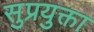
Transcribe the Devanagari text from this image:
सुप्रयुक्ता